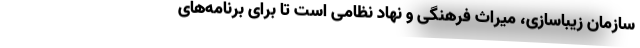
سازمان زیباسازی، میراث فرهنگی و نهاد نظامی است تا برای برنامه‌های